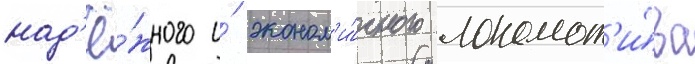
над'ё́жного и́ эконом'и́чного локомот'и́ва